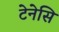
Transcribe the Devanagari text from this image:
टेनेसि